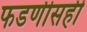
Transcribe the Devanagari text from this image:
फडणीसही